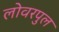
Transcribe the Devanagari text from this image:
लोवरपुल